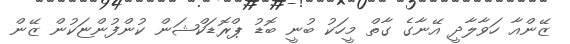
ޒޭންއާ ހަވާލާދީ އޭނާގެ ގާތް މީހަކު ބުނީ ބޮޑު ޕްރޮޑަކްޝަން ކުންފުންޏަކުން ޒޭން